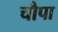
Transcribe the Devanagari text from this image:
चौपा